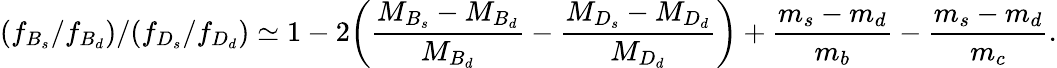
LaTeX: (f_{B_{s}}/f_{B_{d}})/(f_{D_{s}}/f_{D_{d}})\simeq 1-2\bigg(\frac{M_{B_{s}}-M_{B_{d}}}{M_{B_{d}}}-\frac{M_{D_{s}}-M_{D_{d}}}{M_{D_{d}}}\bigg)+\frac{m_{s}-m_{d}}{m_{b}}-\frac{m_{s}-m_{d}}{m_{c}}.